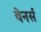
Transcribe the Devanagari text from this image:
बेनर्स